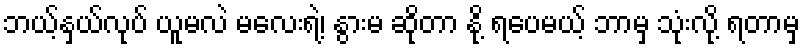
ဘယ့်နှယ်လုပ် ယူမလဲ မလေးရဲ့၊ နွားမ ဆိုတာ နို့ ရပေမယ့် ဘာမှ သုံးလို့ ရတာမှ